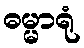
ဓမ္မာရုံ